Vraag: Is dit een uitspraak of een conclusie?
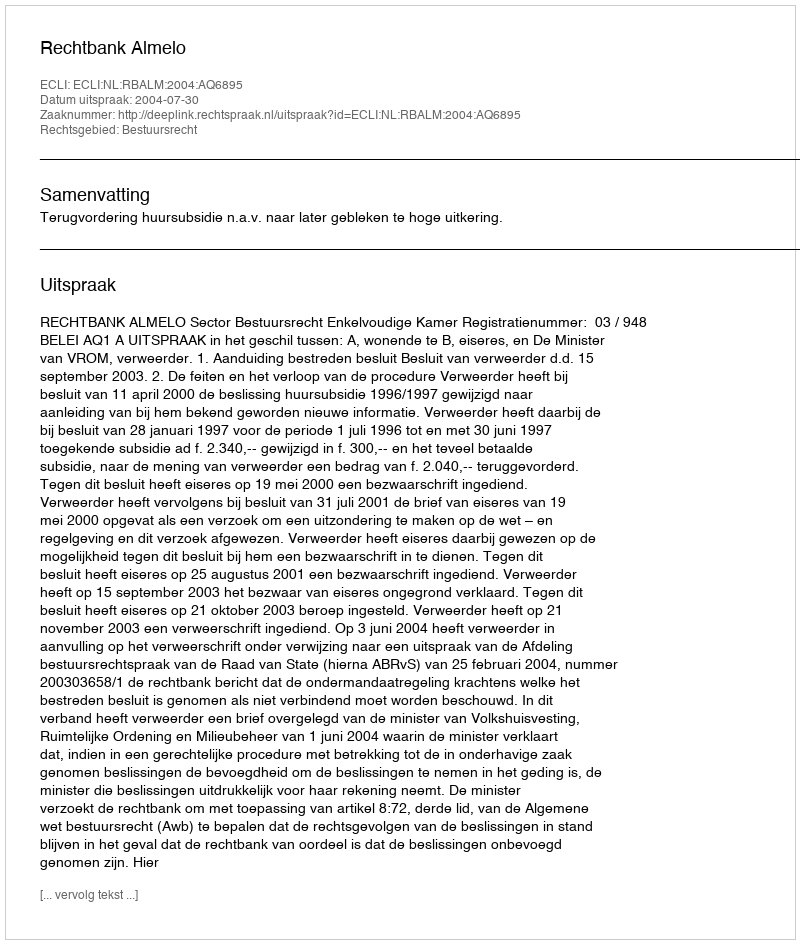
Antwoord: Uitspraak